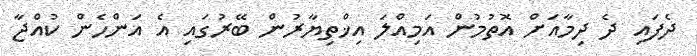
ދެފައި ދެ ދިމާއަށް އޮތުމުން އަމިއްލަ އިޚްތިޔާރުން ބޭރުގައި އެ އަންހެން ކުއްޖާ